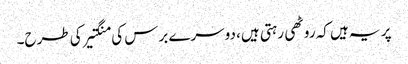
پر یہ ہیں کہ روٹھی رہتی ہیں، دوسرے برس کی منگتیر کی طرح۔